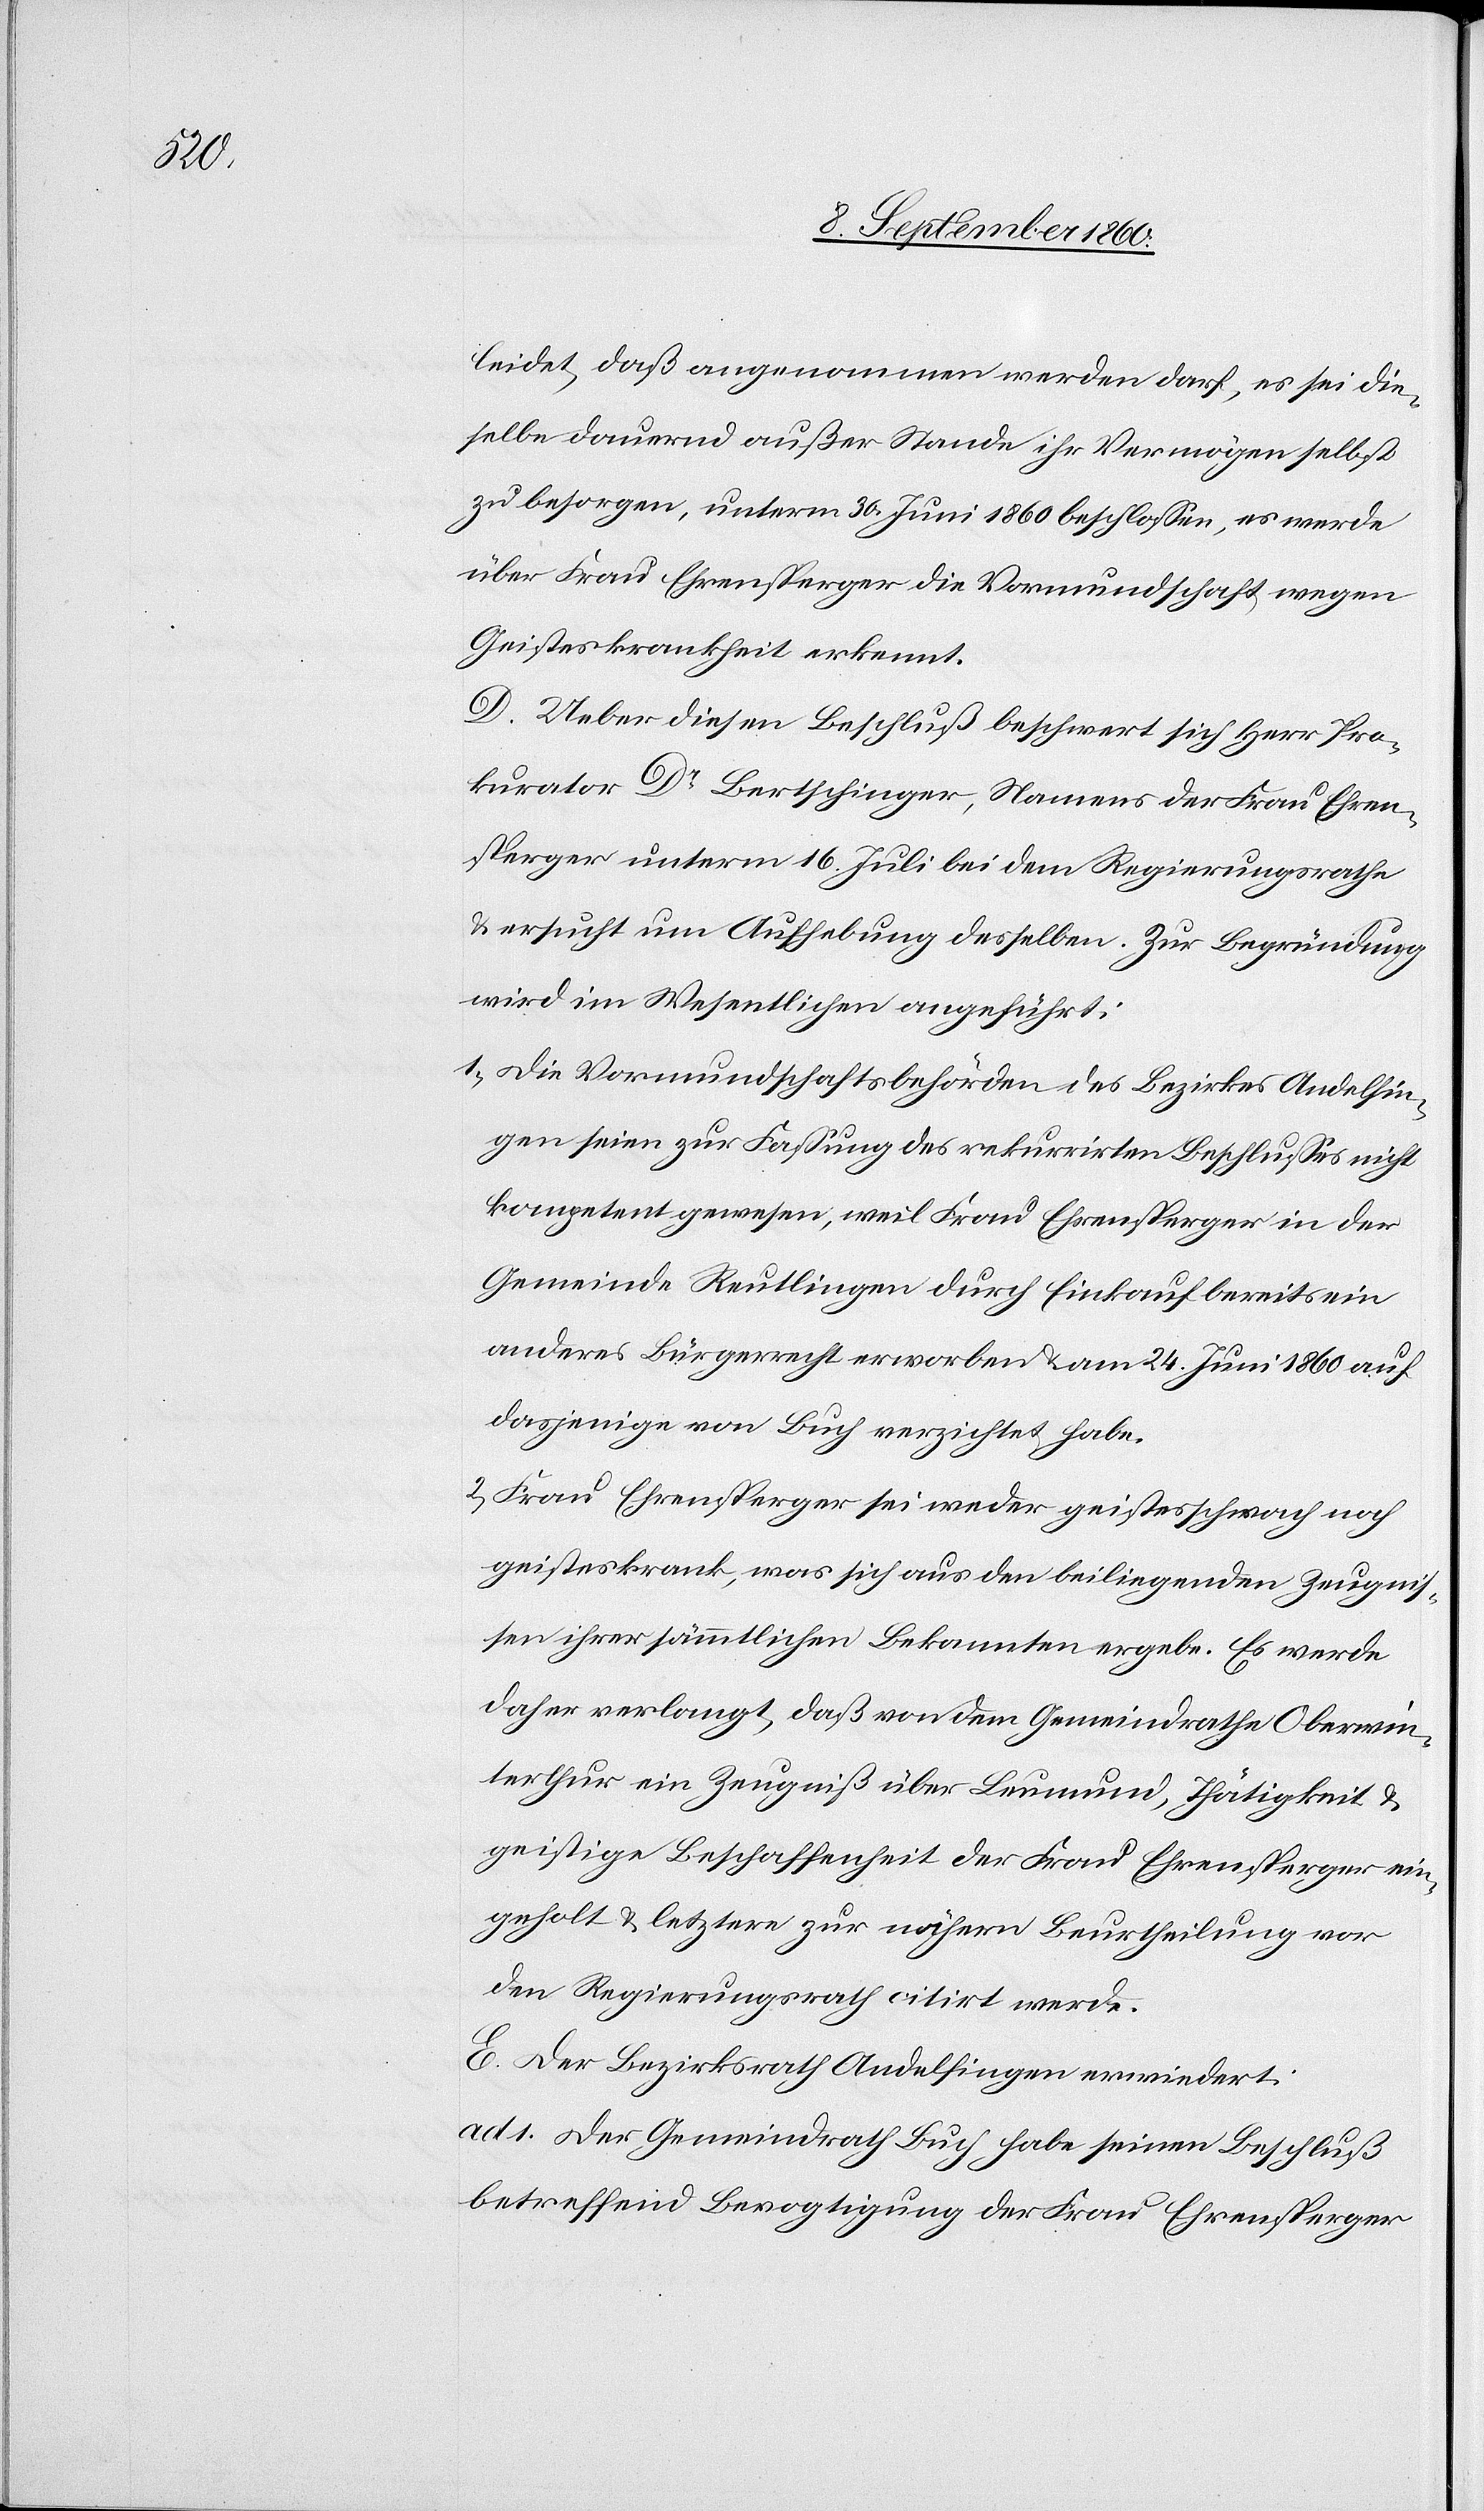
selbst

zu besorgen, unterm 30. Juni 1860 beschlossen, es werde
über Frau Ehrensperger die Vormundschaft wegen
Geisteskrankheit erkennt.
D. Ueber diesen Beschluss beschwert sich Herr Pro¬
kurator Dr Bertschinger, Namens der Frau Ehren¬
sperger unterm 16. Juli bei dem Regierungsrathe
u. ersucht um Aufhebung desselben. Zur Begründung
wird im Wesentlichen angeführt:
1) Die Vormundschaftsbehörden des Bezirkes Andelfin¬
gen seien zur Fassung des rekurrirten Beschlusses nicht
kompetent gewesen, weil Frau Ehrensperger in der
Gemeinde Reutlingen durch Einkauf bereits ein
anderes Bürgerrecht erworben und am 24. Juni 1860 auf
dasjenige von Buch verzichtet habe.
2) Frau Ehrensperger sei weder geistesschwach noch
geisteskrank, was sich aus den beiliegenden Zeugnis¬
sen ihrer sämmtlichen Bekannten ergebe. Es werde
daher verlangt, dass von dem Gemeindrathe Oberwin¬
terthur ein Zeugniss über Leumund, Thätigkeit und
geistige Beschaffenheit der Frau Ehrensperger ein¬
geholt und letztere zur nähern Beurtheilung vor
den Regierungsrath citirt werde.
E. Der Bezirksrath Andelfingen erwiedert.
ad 1) Der Gemeindrath Buch habe seinen Beschluss
betreffend Bevogtigung der Frau Ehrensper-